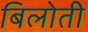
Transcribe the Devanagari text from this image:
बिलोती